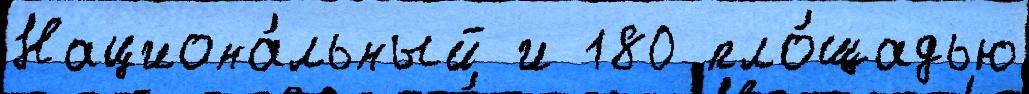
Национа́льный и 180 пло́щадью